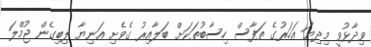
ވިދާޅުވީ މިދިޔަ އަހަރުގެ ތަފާސް ހިސާބުތަކަށް ބަލާއިރު ގެވެށި އަނިޔާ ލިބިގެން ޖުމްލަ